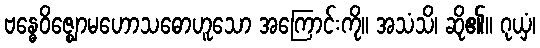
ဗန္ဓေဝိဇ္ဈောမဟောသဓောဟူသော အကြောင်းကို။ အသံသိ၊ ဆို၏။ ဂုယှံ၊